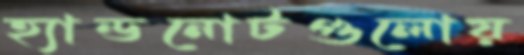
হ্যান্ডনোটগুলোয়